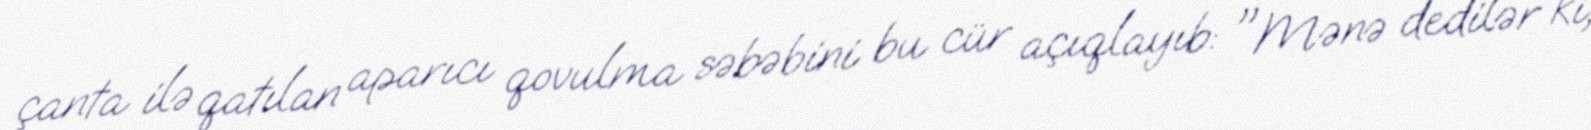
çanta ilə qatılan aparıcı qovulma səbəbini bu cür açıqlayıb: "Mənə dedilər ki,